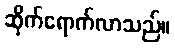
ဆိုက်ရောက်လာသည်။